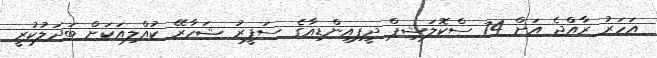
އަހަރު ރާއްޖެ އަށް 74 ސްކޮލަޝިޕް ދީފިއިންޑިއާގެ ސަފީރު ޝަހާރޭ ކުއްލިއަކަށް ބަދަލުކުރީ